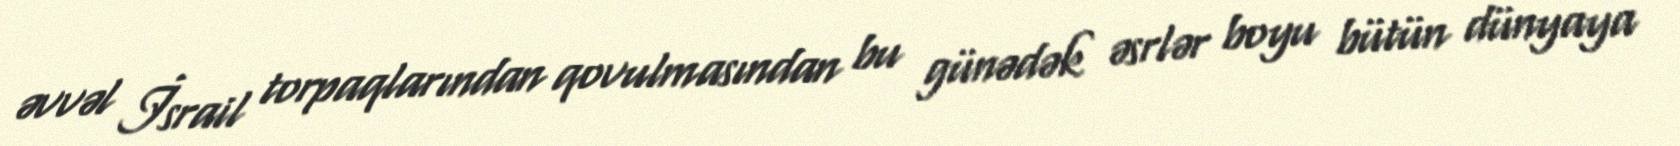
əvvəl İsrail torpaqlarından qovulmasından bu günədək əsrlər boyu bütün dünyaya